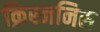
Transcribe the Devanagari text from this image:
क्रिस्जनिस